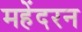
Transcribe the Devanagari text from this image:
महेंदरन